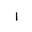
Letter: _alif